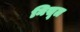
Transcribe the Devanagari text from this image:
निसूल